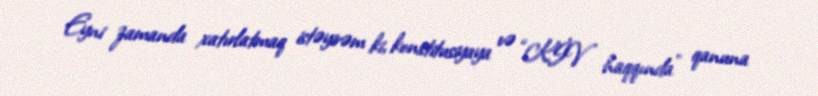
Eyni zamanda xatırlatmaq istəyirəm ki, konstitusiyaya və “KİV haqqında” qanuna